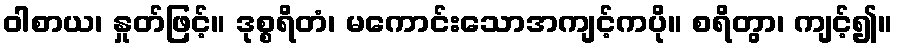
ဝါစာယ၊ နှုတ်ဖြင့်။ ဒုစ္စရိတံ၊ မကောင်းသောအကျင့်ကပို။ စရိတွာ၊ ကျင့်၍။